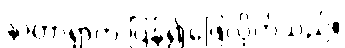
နာတာရှာက ပြန်၍ဖြေလိုက်သည်။